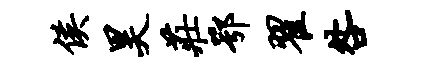
侯昊庄鄂翟咎